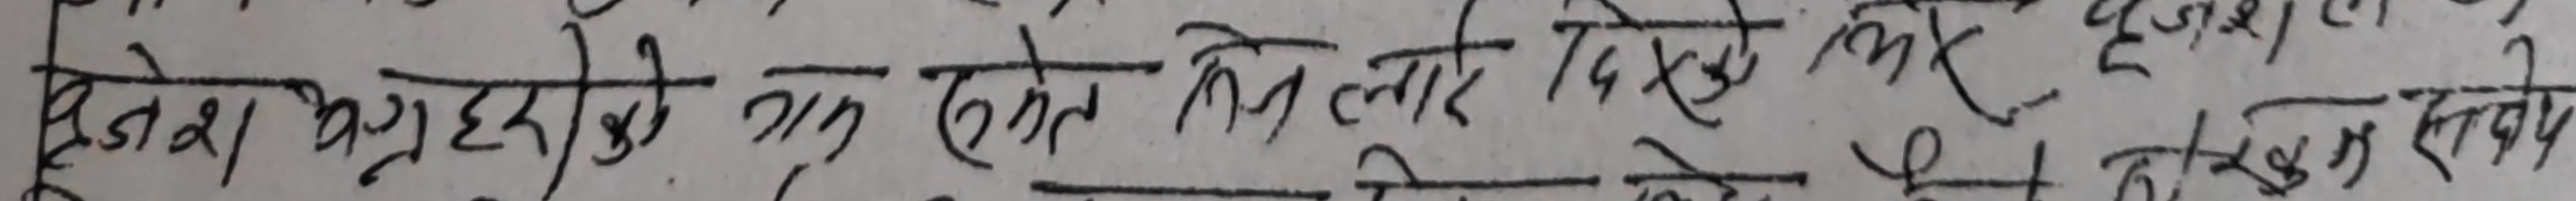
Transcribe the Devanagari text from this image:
दुजश भेगरुहो लागि तर एके लतिलाई दिवेखि लागि हो तर हलेगुभ रब्ये